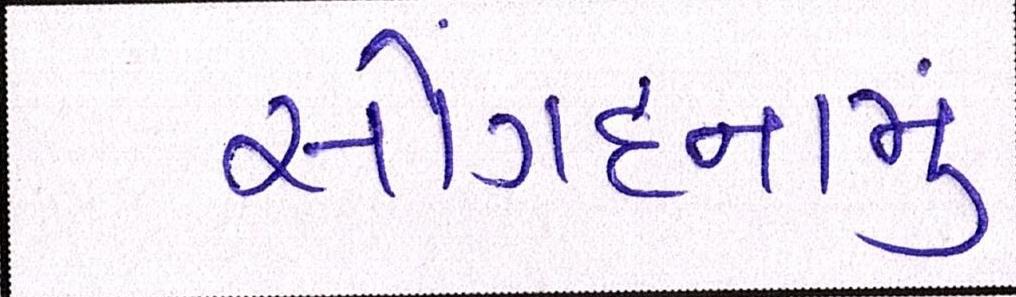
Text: સોંગદનામું